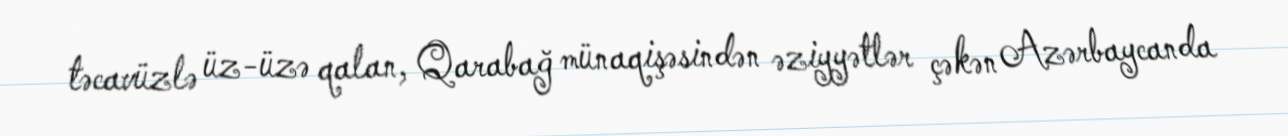
təcavüzlə üz-üzə qalan, Qarabağ münaqişəsindən əziyyətlər çəkən Azərbaycanda